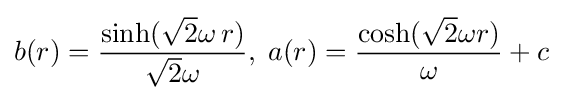
b(r)={\frac {\sinh({\sqrt {2}}\omega \,r)}{{\sqrt {2}}\omega }},\;a(r)={\frac {\cosh({\sqrt {2}}\omega r)}{\omega }}+c